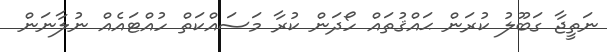
ނަތީޖާ ގަބޫލު ކުރަން ޙައްޤުތައް ހޯދަން ކުރާ މަސައްކަތް ހުއްޓައެއް ނުލާނަން